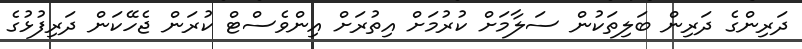
ދަރިންގެ ދަރިން ބަލިތަކުން ސަލާމަށް ކުރުމަށް އިތުރަށް އިންވެސްޓް ކުރަން ޖެހޭކަން ދަރިފުޅުގެ